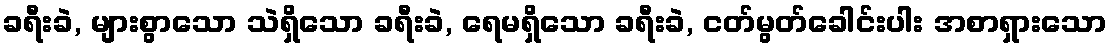
ခရီးခဲ, များစွာသော သဲရှိသော ခရီးခဲ, ရေမရှိသော ခရီးခဲ, ငတ်မွတ်ခေါင်းပါး အစာရှားသော